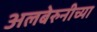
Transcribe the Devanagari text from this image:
अलबेरुनीच्या